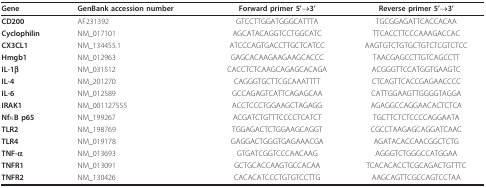
| Gene | GenBank accession number | Forward primer 5'→3' | Reverse primer 5'→3' |
 | --- | --- | --- | --- |
 | CD200 | AF231392 | GTCCTTGGATGGGCATTTA | TGCGGAGATTCACCACAA |
 | Cyclophilin | NM_017101 | AGCATACAGGTCCTGGCATC | TTCACCTTCCCAAAGACCAC |
 | CX3CL1 | NM_134455.1 | ATCCCAGTGACCTTGCTCATCC | AAGTGTCTGTGCTGTCTCGTCTCC |
 | Hmgb1 | NM_012963 | GAGCACAAGAAGAAGCACCC | TAACGAGCCTTGTCAGCCTT |
 | IL-1β | NM_031512 | CACCTCTCAAGCAGAGCACAGA | ACGGGTTCCATGGTGAAGTC |
 | IL-4 | NM_201270 | CAGGGTGCTTCGCAAATTTT | CTCAGTTCACCGAGAACCCC |
 | IL-6 | NM_012589 | GCCAGAGTCATTCAGAGCAA | CATTGGAAGTTGGGGTAGGA |
 | IRAK1 | NM_001127555 | ACCTCCCTGGAAGCTAGAGG | AGAGGCCAGGAACACTCTCA |
 | NfκB p65 | NM_199267 | ACGATCTGTTTCCCCTCATCT | TGCTTCTCTCCCCAGGAATA |
 | TLR2 | NM_198769 | TGGAGACTCTGGAAGCAGGT | CGCCTAAGAGCAGGATCAAC |
 | TLR4 | NM_019178 | GAGGACTGGGTGAGAAACGA | AGATACACCAACGGCTCTG |
 | TNF-α | NM_013693 | GTGATCGGTCCCAACAAG | AGGGTCTGGGCCATGGAA |
 | TNFR1 | NM_013091 | GCTGCACCAAGTGCCACAA | TCACACACCTCGCAGACTGTTTC |
 | TNFR2 | NM_130426 | CACACATCCCTGTGTCCTTG | AAGCAGTTCGCCAGTCCTAA |